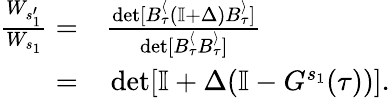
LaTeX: \begin{array}{rl}{\frac{W_{s_{1}^{\prime}}}{W_{s_{1}}}=}&{{}\frac{\operatorname*{det}[B_{\tau}^{\langle}\left(\mathbb{I}+{\Delta}\right)B_{\tau}^{\rangle}]}{\operatorname*{det}[B_{\tau}^{\langle}B_{\tau}^{\rangle}]}}\\ {=}&{{}\operatorname*{det}[\mathbb{I}+{\Delta}(\mathbb{I}-{G}^{s_{1}}(\tau))].}\end{array}